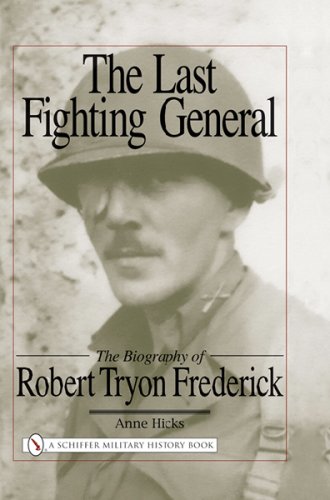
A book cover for The Last Fighting General: The Biography of Robert Tryon Frederick; Anne Hicks; Biographies & Memoirs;